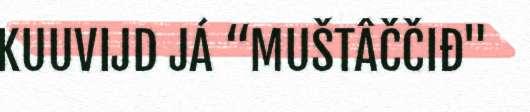
KUUVIJD JÁ “MUŠTÂČČIĐ"